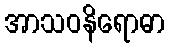
အာသဝနိရောဓာ